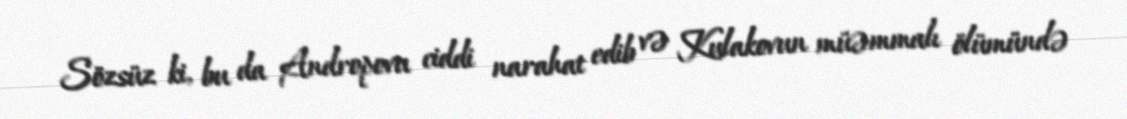
Sözsüz ki, bu da Andropovu ciddi narahat edib və Kulakovun müəmmalı ölümündə